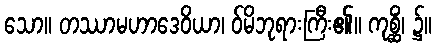
သော။ တဿာမဟာဒေဝိယာ၊ ဝ်မိဘုရားကြီး၏။ ကုစ္ဆိံ၊ ၌။